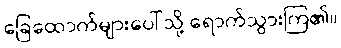
ခြေထောက်များပေါ်သို့ ရောက်သွားကြ၏။